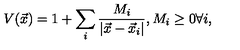
V ( \vec { x } ) = 1 + \sum _ { i } \frac { M _ { i } } { | \vec { x } - \vec { x } _ { i } | } , M _ { i } \geq 0 \forall i ,